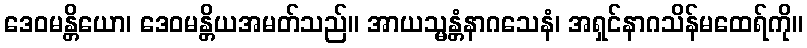
ဒေဝမန္တိယော၊ ဒေဝမန္တိယအမတ်သည်။ အာယသ္မန္တံနာဂသေနံ၊ အရှင်နာဂသိန်မထေရ်ကို။